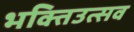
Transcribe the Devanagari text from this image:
भक्तिउत्सव